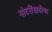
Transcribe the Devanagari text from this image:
मोटरींसाठीचा